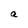
Character: a